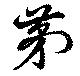
第